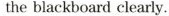
the blackboard clearly.